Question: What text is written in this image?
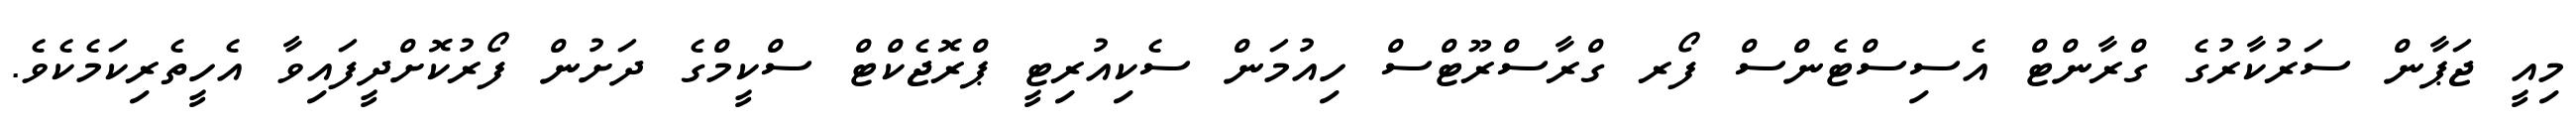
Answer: މިއީ ޖަޕާން ސަރުކާރުގެ ގްރާންޓް އެސިސްޓެންސް ފޯރ ގްރާސްރޫޓްސް ހިއުމަން ސެކިއުރިޓީ ޕްރޮޖެކްޓް ސްކީމްގެ ދަށުން ފޯރުކޮށްދީފައިވާ އެހީތެރިކަމެކެވެ.